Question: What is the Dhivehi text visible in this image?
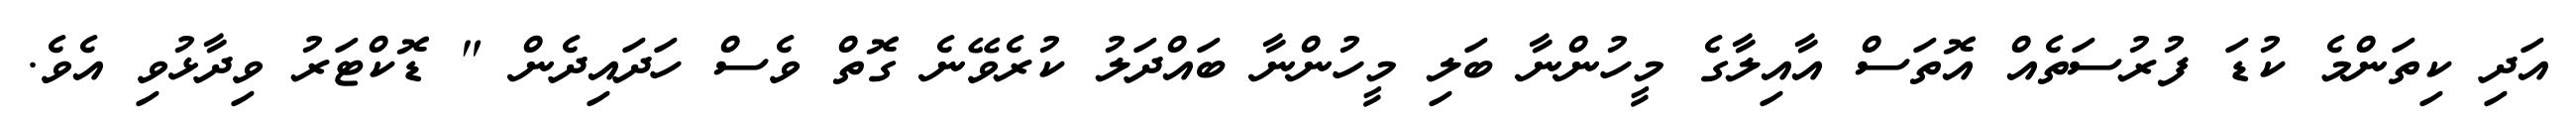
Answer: އަދި ކިތަންމެ ކުޑަ ފުރުސަތެއް އޮތަސް އާއިލާގެ މީހުންނާ ބަލި މީހުންނާ ބައްދަލު ކުރެވޭނެ ގޮތް ވެސް ހަދައިދެން " ޑޮކްޓަރު ވިދާޅުވި އެވެ.